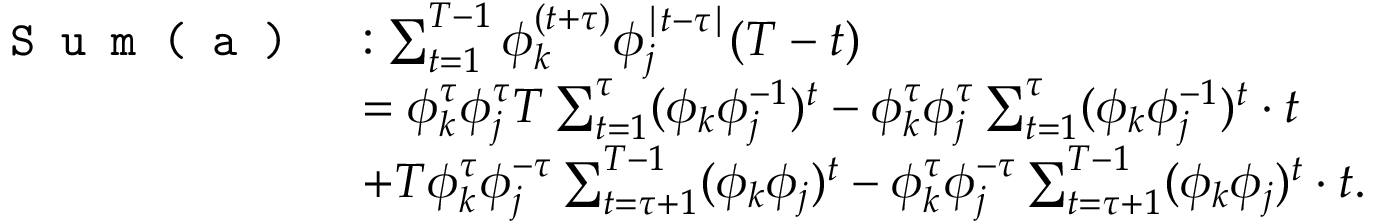
\begin{array} { r l } { \texttt { S u m ( a ) } } & { : \sum _ { t = 1 } ^ { T - 1 } \phi _ { k } ^ { ( t + \tau ) } \phi _ { j } ^ { \mid t - \tau \mid } ( T - t ) } \\ & { = \phi _ { k } ^ { \tau } \phi _ { j } ^ { \tau } T \sum _ { t = 1 } ^ { \tau } ( \phi _ { k } \phi _ { j } ^ { - 1 } ) ^ { t } - \phi _ { k } ^ { \tau } \phi _ { j } ^ { \tau } \sum _ { t = 1 } ^ { \tau } ( \phi _ { k } \phi _ { j } ^ { - 1 } ) ^ { t } \cdot t } \\ & { + T \phi _ { k } ^ { \tau } \phi _ { j } ^ { - \tau } \sum _ { t = \tau + 1 } ^ { T - 1 } ( \phi _ { k } \phi _ { j } ) ^ { t } - \phi _ { k } ^ { \tau } \phi _ { j } ^ { - \tau } \sum _ { t = \tau + 1 } ^ { T - 1 } ( \phi _ { k } \phi _ { j } ) ^ { t } \cdot t . } \end{array}